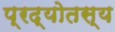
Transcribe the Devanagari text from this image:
प्रद्योतस्य